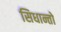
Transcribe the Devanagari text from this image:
सिधान्तो